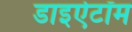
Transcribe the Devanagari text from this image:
डाइऐटॉम